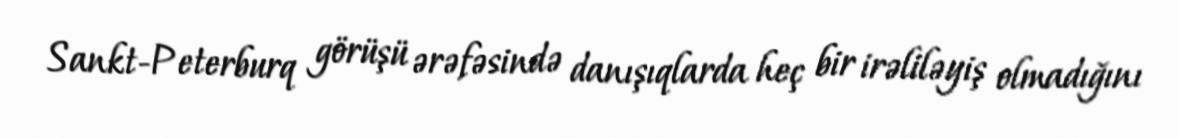
Sankt-Peterburq görüşü ərəfəsində danışıqlarda heç bir irəliləyiş olmadığını